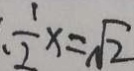
\frac { 1 } { 2 } x = \sqrt { 2 }